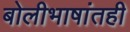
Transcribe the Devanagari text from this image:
बोलीभाषांतही